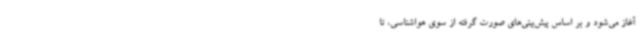
آغاز می‌شود و بر اساس پیش‌بینی‌های صورت گرفته از سوی هواشناسی، تا